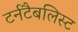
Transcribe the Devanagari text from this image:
टर्नटैबलिस्ट